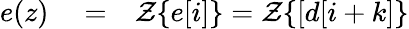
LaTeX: \begin{array}{rlr}{e(z)}&{{}=}&{{\cal Z}\{ e[i]\} ={\cal Z}\{ [d[i+k]\} }\end{array}